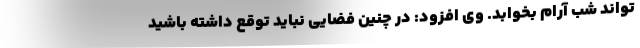
تواند شب آرام بخوابد. وی افزود: در چنین فضایی نباید توقع داشته باشید